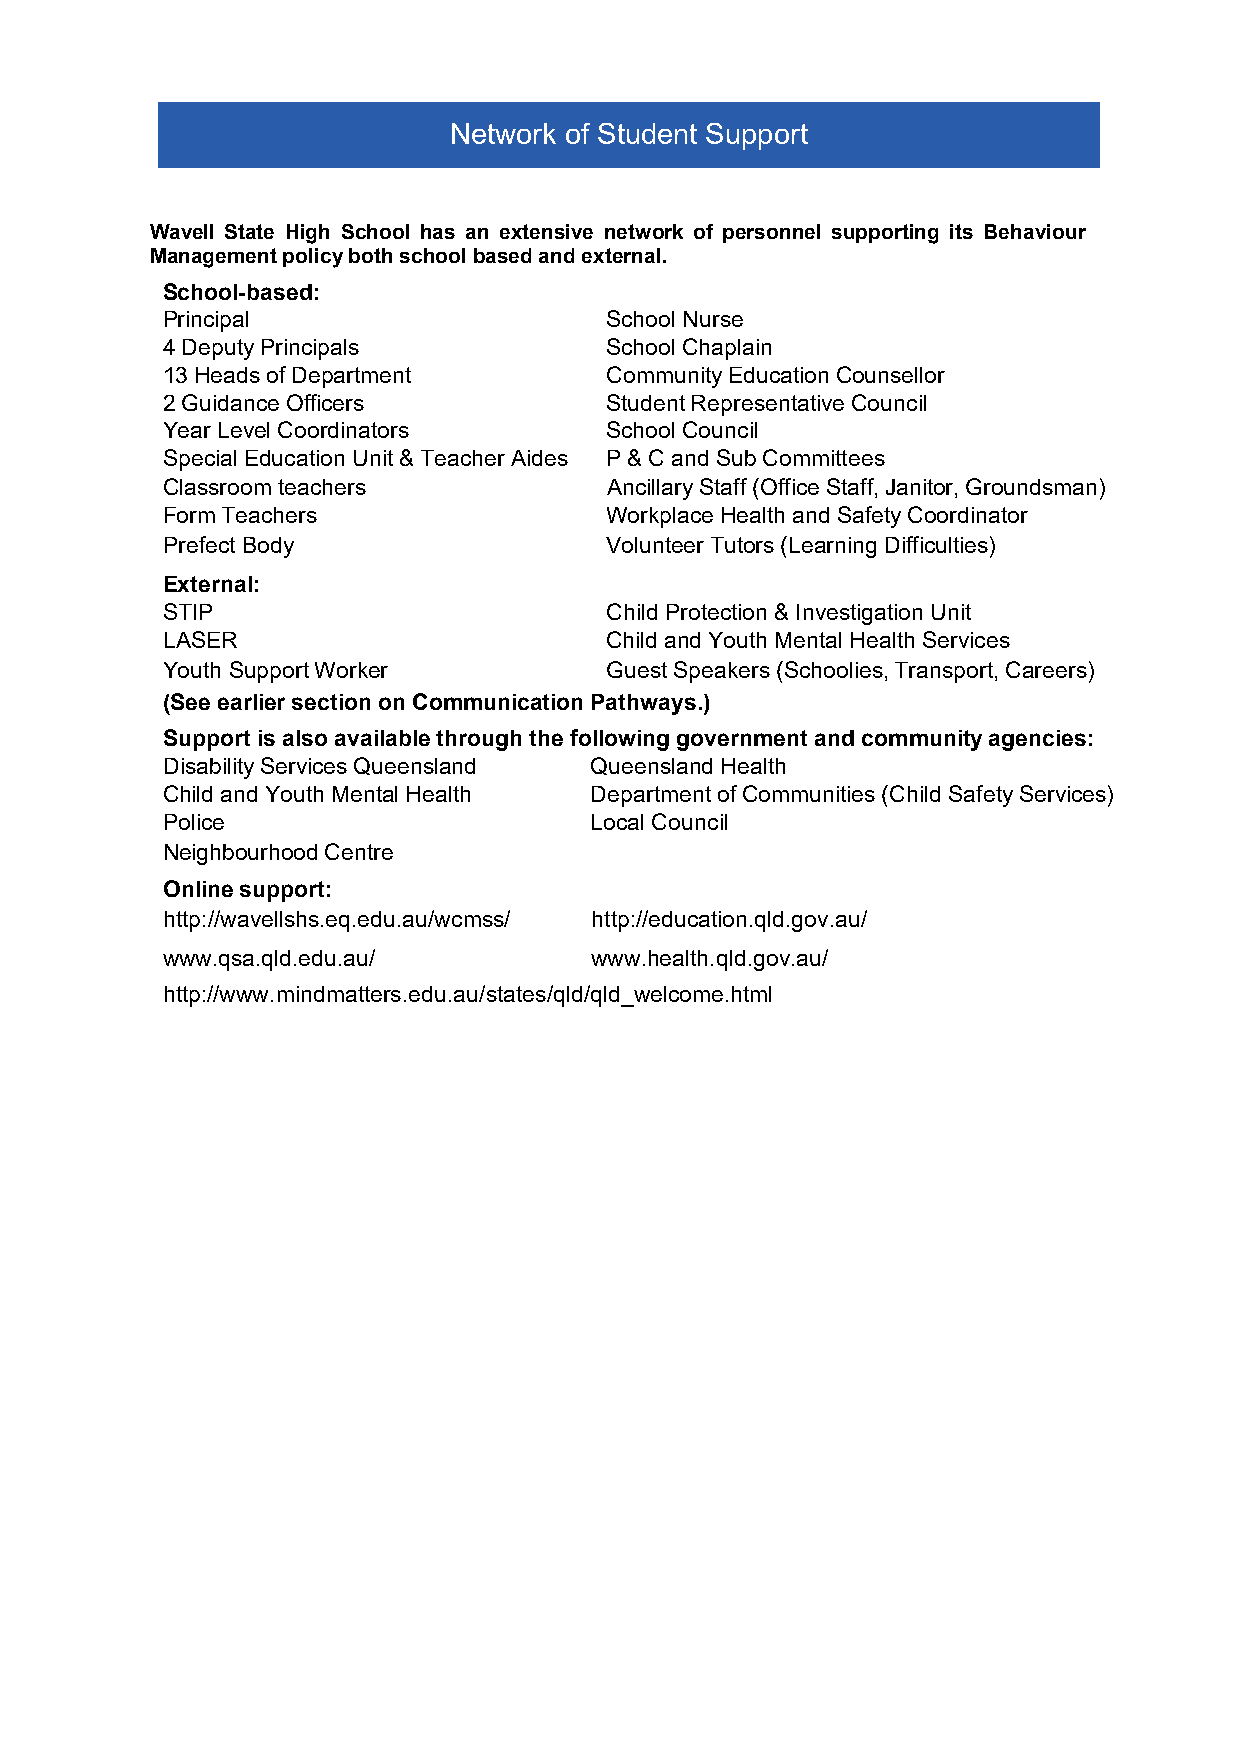
Network of Student Support
 Wavell State High School has an extensive network of personnel supporting its Behaviour
 Management policy both school based and external.
 School-based:
 Principal                    School Nurse
 4 Deputy Principals          School Chaplain
 13 Heads of Department       Community Education Counsellor
 2 Guidance Officers          Student Representative Council
 Year Level Coordinators      School Council
 Special Education Unit & Teacher Aides P & C and Sub Committees
 Classroom teachers           Ancillary Staff (Office Staff, Janitor, Groundsman)
 Form Teachers                Workplace Health and Safety Coordinator
 Prefect Body                 Volunteer Tutors (Learning Difficulties)
 External:
 STIP                         Child Protection & Investigation Unit
 LASER                        Child and Youth Mental Health Services
 Youth Support Worker         Guest Speakers (Schoolies, Transport, Careers)
 (See earlier section on Communication Pathways.)
 Support is also available through the following government and community agencies:
 Disability Services Queensland Queensland Health
 Child and Youth Mental Health Department of Communities (Child Safety Services)
 Police                      Local Council
 Neighbourhood Centre
 Online support:
 http://wavellshs.eq.edu.au/wcmss/ http://education.qld.gov.au/
 www.qsa.qld.edu.au/         www.health.qld.gov.au/
 http://www.mindmatters.edu.au/states/qld/qld_welcome.html